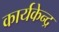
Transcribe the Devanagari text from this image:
कार्यकेन्द्र